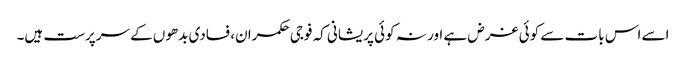
اسے اس بات سے کوئی غرض ہے اور نہ کوئی پریشانی کہ فوجی حکمران، فسادی بدھوں کے سرپرست ہیں۔